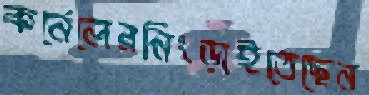
কর্নেলেরনিংড়াইতেছেন